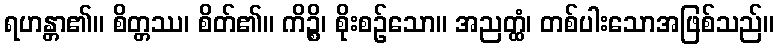
ရဟန္တာ၏။ စိတ္တဿ၊ စိတ်၏။ ကိဉ္စိ၊ စိုးစဉ်သော။ အညတ္ထံ၊ တစ်ပါးသောအဖြစ်သည်။